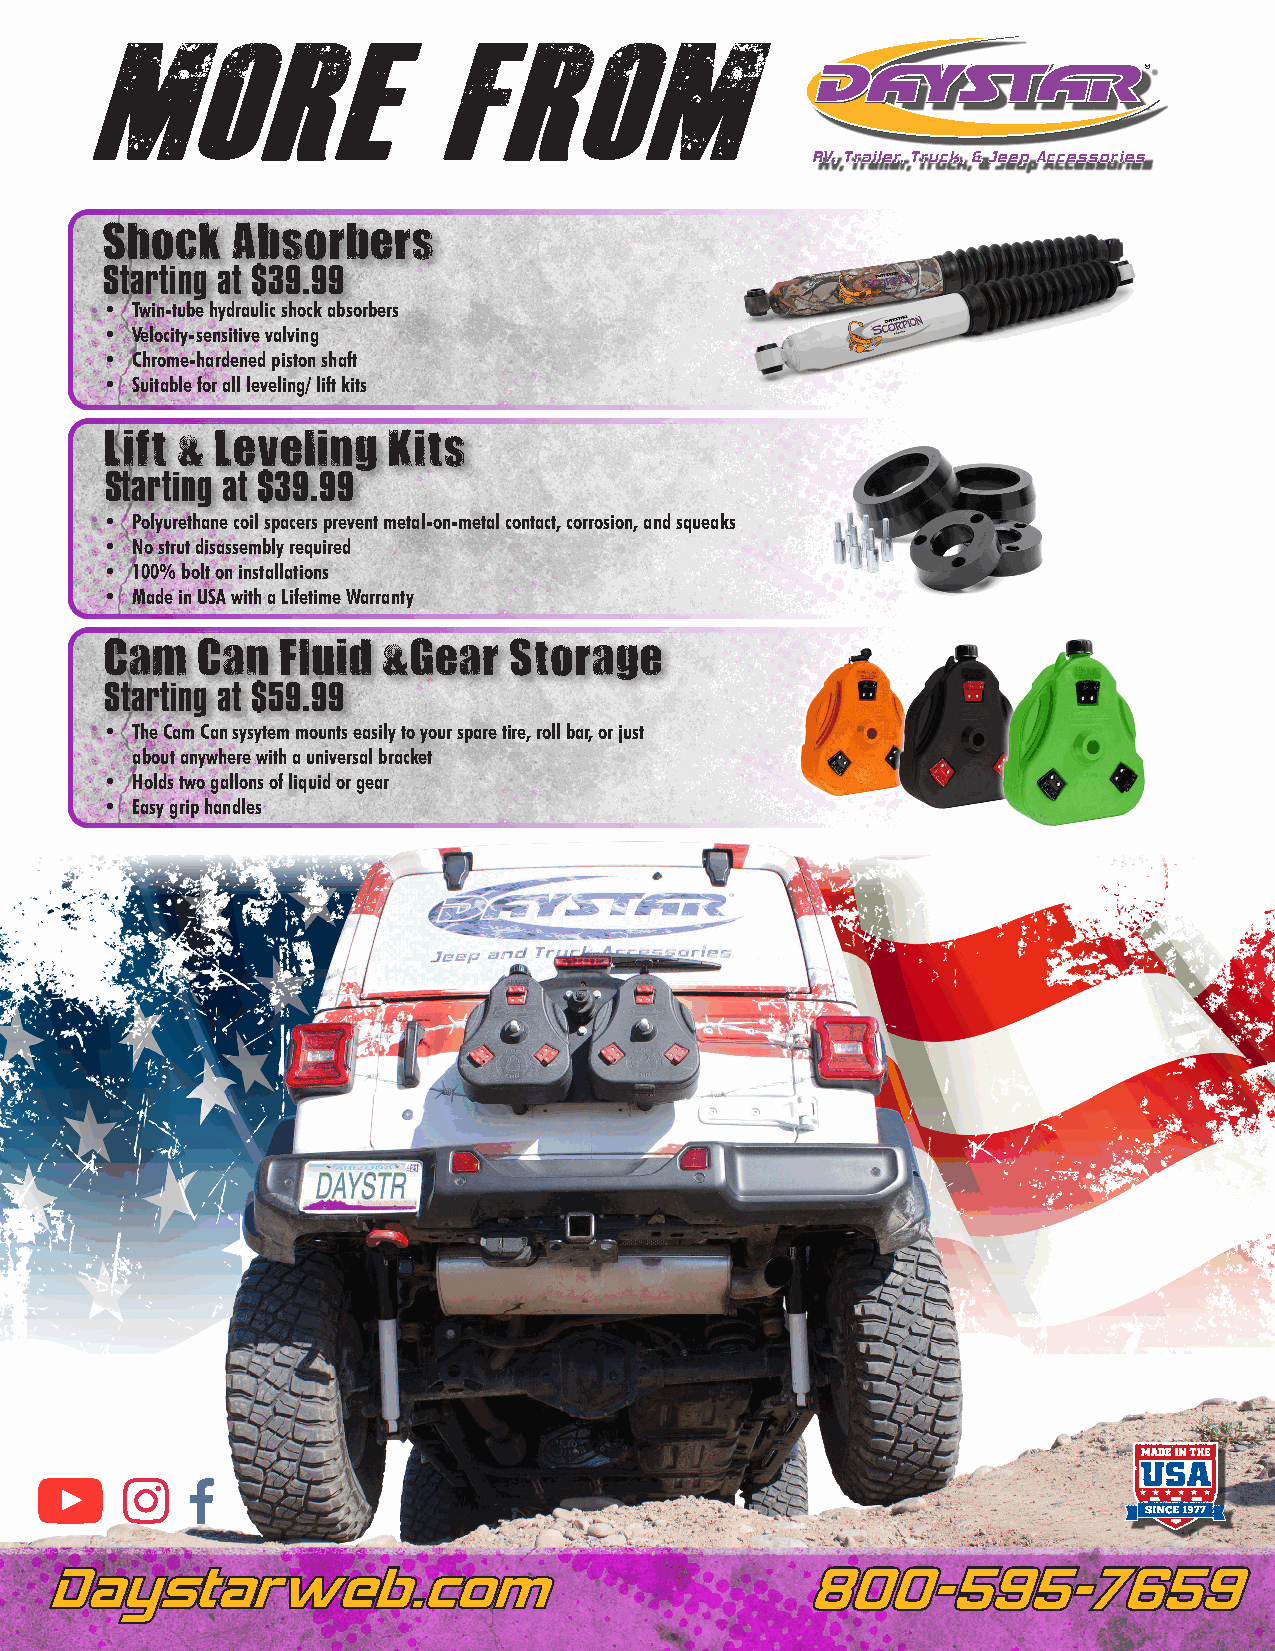
More                   From
 RV, Trailer, Truck, & Jeep Accessories
 Shock   Absorbers
 Starting at $39.99
 • Twin-tube hydraulic shock absorbers
 • Velocity-sensitive valving
 • Chrome-hardened piston shaft
 • Suitable for all leveling/ lift kits
 Lift & Leveling    Kits
 Starting at $39.99
 • Polyurethane coil spacers prevent metal-on-metal contact, corrosion, and squeaks
 • No strut disassembly required
 • 100% bolt on installations
 • Made in USA with a Lifetime Warranty
 Cam   Can   Fluid &Gear    Storage
 Starting at $59.99
 • The Cam Can sysytem mounts easily to your spare tire, roll bar, or just
 about anywhere with a universal bracket
 • Holds two gallons of liquid or gear
 • Easy grip handles
 DDaayyssttaarrwweebb..ccoomm                      880000--559955--77665599